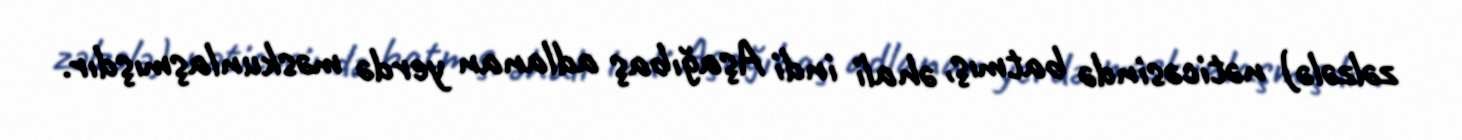
zəlzələ) nəticəsində batmış, əhali indi Aşağıbaş adlanan yerdə məskunlaşmışdır.